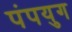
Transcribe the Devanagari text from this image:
पंपयुग